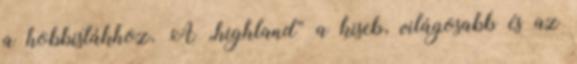
a hobbistákhoz. A „highland” a kiseb, világosabb és az